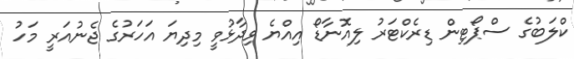
ކްލަބުގެ ސްޕޯޓިން ޑިރެކްޓަރު ލިއޮނާޑޯ އިއްޔެ ވިދާޅުވީ މިދިޔަ އަހަރުގެ ޖެނުއަރީ މަހު